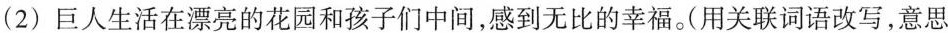
(2)巨人生活在漂亮的花园和孩子们中间，感到无比的幸福。(用关联词语改写，意思